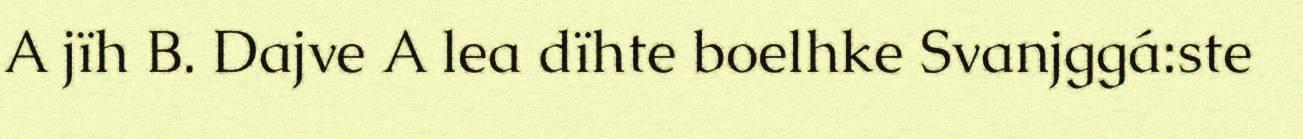
A jïh B. Dajve A lea dïhte boelhke Svanjggá:ste